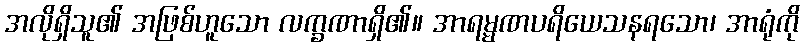
အလိုရှိသူ၏ အဖြစ်ဟူသော လက္ခဏာရှိ၏။ အာရမ္မဏပရိယေသနရသော၊ အာရုံကို